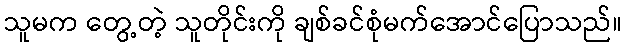
သူမက တွေ့တဲ့ သူတိုင်းကို ချစ်ခင်စုံမက်အောင်ပြောသည်။